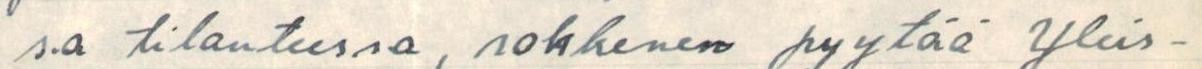
sa tilanteessa, rohkenen pyytää yleis-